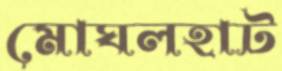
মোঘলহাট